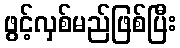
ဖွင့်လှစ်မည်ဖြစ်ပြီး